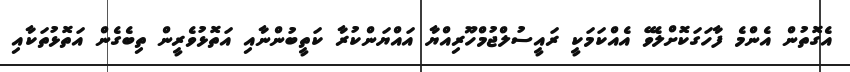
އެގޮތުން އެންމެ ފާހަގަކޮށްލެވޭ އެއްކަމަކީ ރައީސުލްޖުމްހޫރިއްޔާ އައްޔަންކުރާ ކަތީބުންނާއި އަތޮޅުވެރީން ތިބެގެން އަތޮޅުތަކާއި